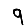
Digit: 9